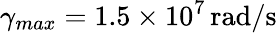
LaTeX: \gamma_{max}=1.5\times 10^{7}\, \mathrm{rad/s}